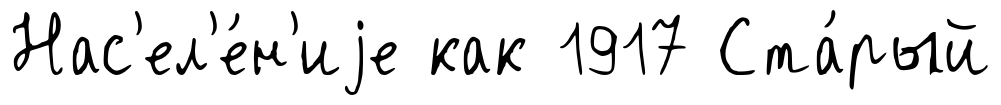
Нас'ел'е́н'иjе как 1917 Ста́рый